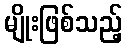
မျိုးဖြစ်သည့်